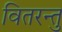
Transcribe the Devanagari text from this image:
वितरन्तु